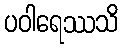
ပဝါရေဿသိ